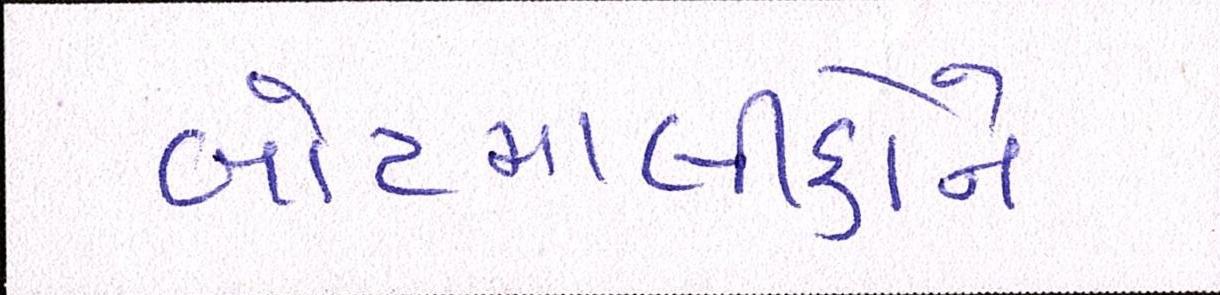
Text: બોટમાલીકોને